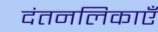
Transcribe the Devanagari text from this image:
दंतनलिकाएँ